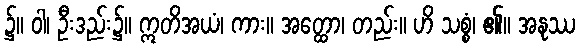
၌။ ဝါ၊ ဦးဒည်း၌။ ဣတိအယံ၊ ကား။ အတ္ထော၊ တည်း။ ဟိ သစ္စံ၊ ၏။ အနုဿ